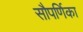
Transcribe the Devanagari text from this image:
सौपर्णिका